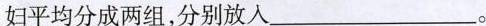
妇平均分成两组，分别放入___。